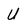
Character: U